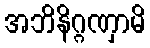
အဘိနိဂ္ဂဏှာမိ